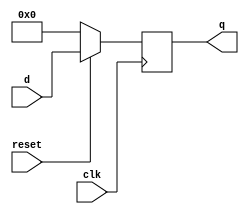
module ParameterizedRegister #(
    parameter N = 8,                  // Width of the register
    parameter RESET_ACTIVE = 1'b0     // Reset active high (1'b1) or active low (1'b0)
)(
    input wire clk,                   // Clock signal
    input wire reset,                 // Reset signal
    input wire [N-1:0] d,            // Input data
    output reg [N-1:0] q              // Output data
);

    // Synchronous operation with reset
    always @(posedge clk) begin
        if (reset == RESET_ACTIVE) begin
            // If reset is active, initialize q to zero
            q <= {N{1'b0}};             // Set q to 0
        end else begin
            // On the clock edge, assign d to q
            q <= d;
        end
    end

endmodule